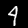
Label: 4